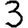
Digit: 3